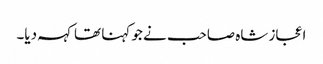
اعجاز شاہ صاحب نے جو کہنا تھا کہہ دیا۔